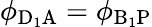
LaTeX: \phi_{\mathrm{D_{1}A}}=\phi_{\mathrm{B_{1}P}}